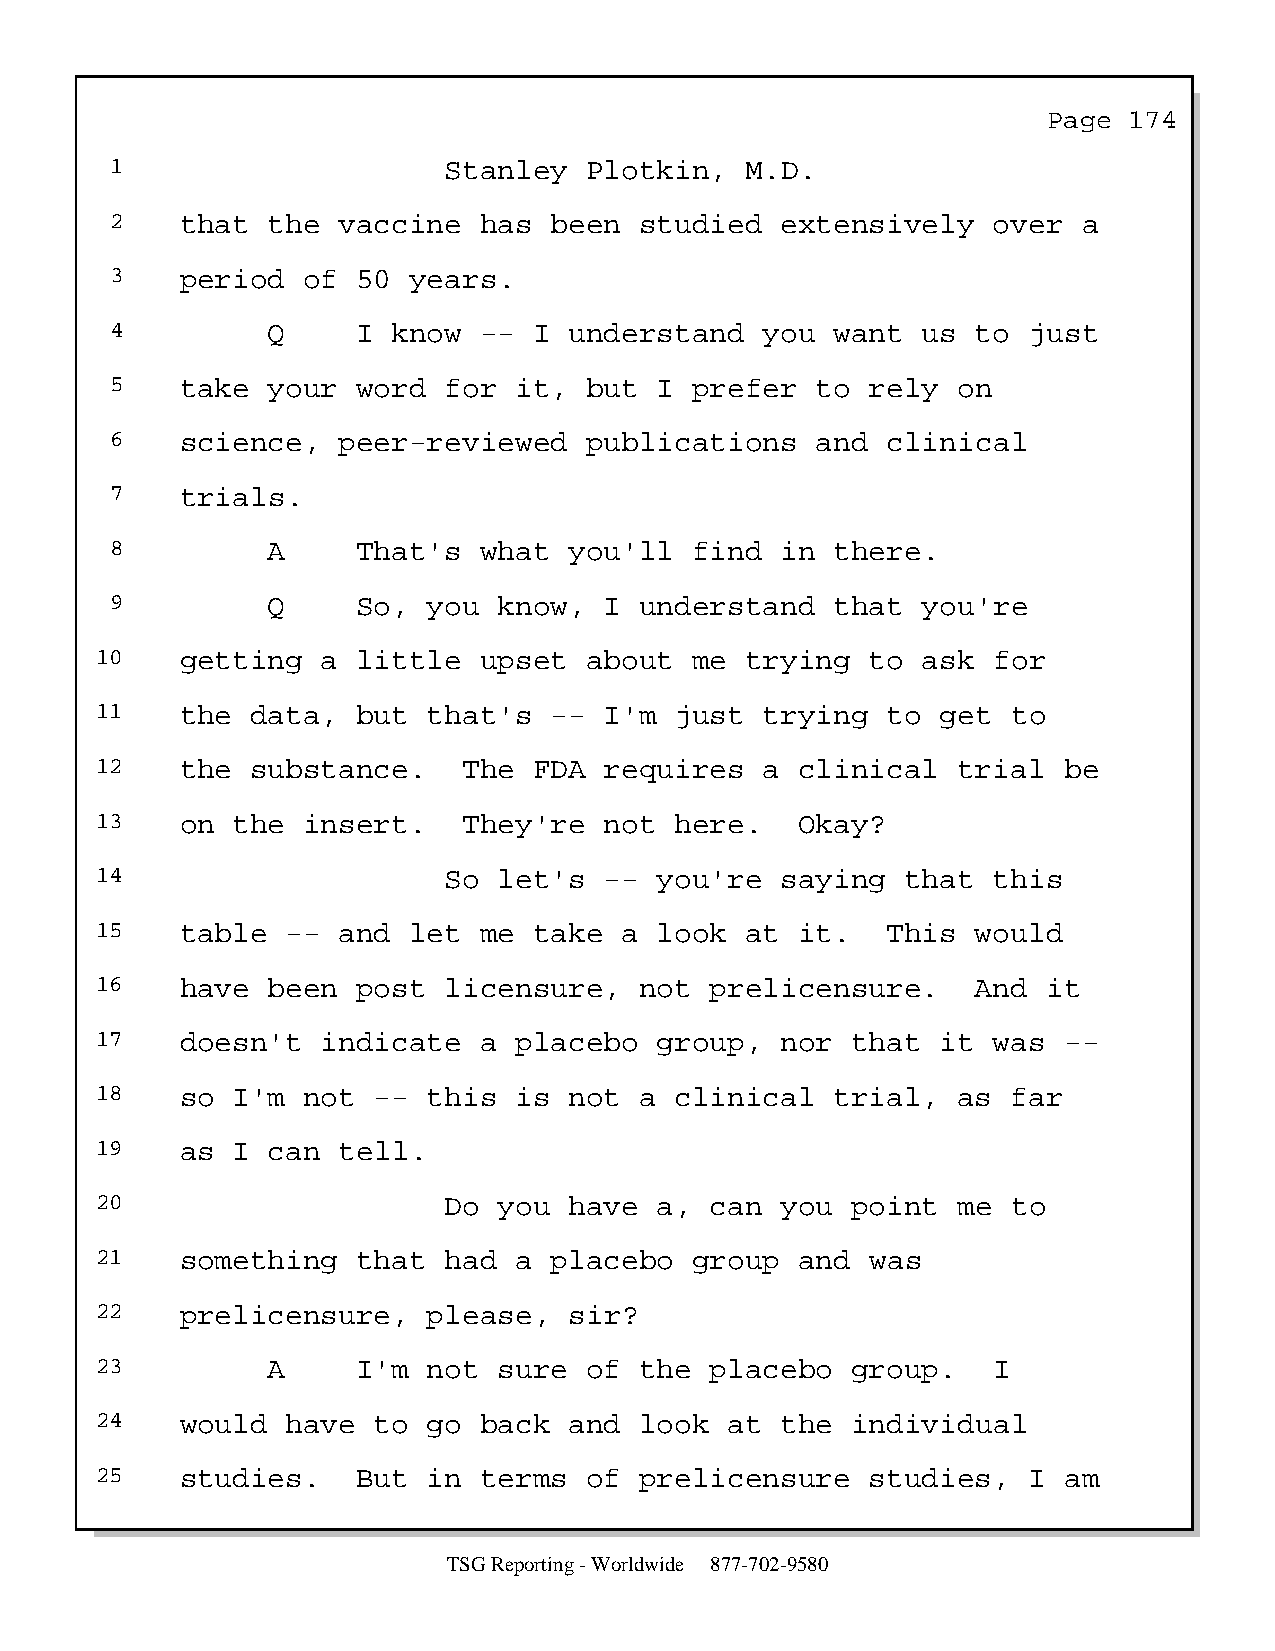
Page  174
 1                     Stanley   Plotkin,  M.D.
 2    that  the vaccine   has been  studied   extensively   over  a
 3    period  of  50 years.
 4          Q     I know  -- I  understand   you want  us  to just
 5    take  your  word for  it,  but  I prefer  to  rely on
 6    science,  peer-reviewed    publications   and  clinical
 7    trials.
 8          A     That's  what  you'll  find  in there.
 9          Q     So, you  know,  I understand   that  you're
 10    getting  a  little  upset  about  me trying   to ask  for
 11    the  data,  but that's  --  I'm  just  trying  to get  to
 12    the  substance.    The FDA  requires   a clinical  trial  be
 13    on the  insert.    They're  not  here.   Okay?
 14                     So  let's  --  you're  saying  that  this
 15    table  -- and  let  me take  a  look at  it.   This  would
 16    have  been  post licensure,   not  prelicensure.     And it
 17    doesn't  indicate   a placebo   group,  nor that  it  was --
 18    so I'm  not  -- this  is  not a  clinical  trial,  as  far
 19    as I  can tell.
 20                     Do  you  have  a, can  you point  me  to
 21    something   that had  a placebo   group  and  was
 22    prelicensure,   please,   sir?
 23          A     I'm not  sure  of the  placebo  group.    I
 24    would  have  to go  back  and look  at  the individual
 25    studies.    But in  terms  of prelicensure    studies,  I am
 TSG Reporting - Worldwide 877-702-9580